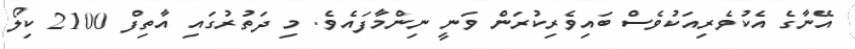
އޭނާގެ އެކުވެރިއަކުވެސް ބައިވެރިކުރަން ވަނީ ނިންމާފައެވެ. މި ދަތުރުގައި އާތިފް 2100 ކިލޯ